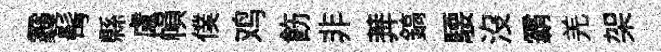
霾髩縣盧𢄙僕鸡飭非莾鎬騕沒霸羌架